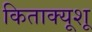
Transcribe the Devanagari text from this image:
किताक्यूशू